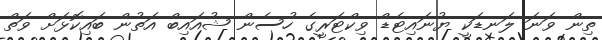
ތިން ވަނަ ލަނޑަކީ ޔުނައިޓެޑް ވިކްޓަރީގެ ހުސެން ޝުއައިބް އަތުން ބައިކޮޅަށް ވަތް